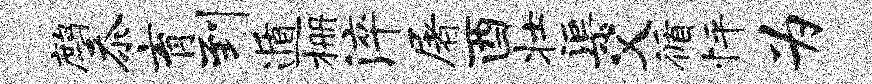
鹧忝育到遁栅淬屠酉壮渠父循怦为